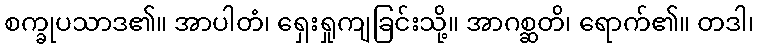
စက္ခုပသာဒ၏။ အာပါတံ၊ ရှေးရှုကျခြင်းသို့။ အာဂစ္ဆတိ၊ ရောက်၏။ တဒါ၊